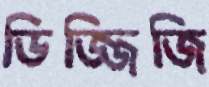
ডিজ্জিজি